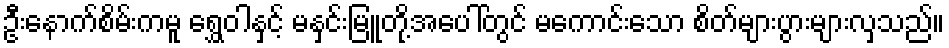
ဦးနောက်စိမ်းကမူ ရွှေဝါနှင့် မနှင်းမြူတို့အပေါ်တွင် မကောင်းသော စိတ်များပွားများလှသည်။